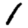
Digit: 1